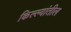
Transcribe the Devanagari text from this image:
किल्ल्यांतील